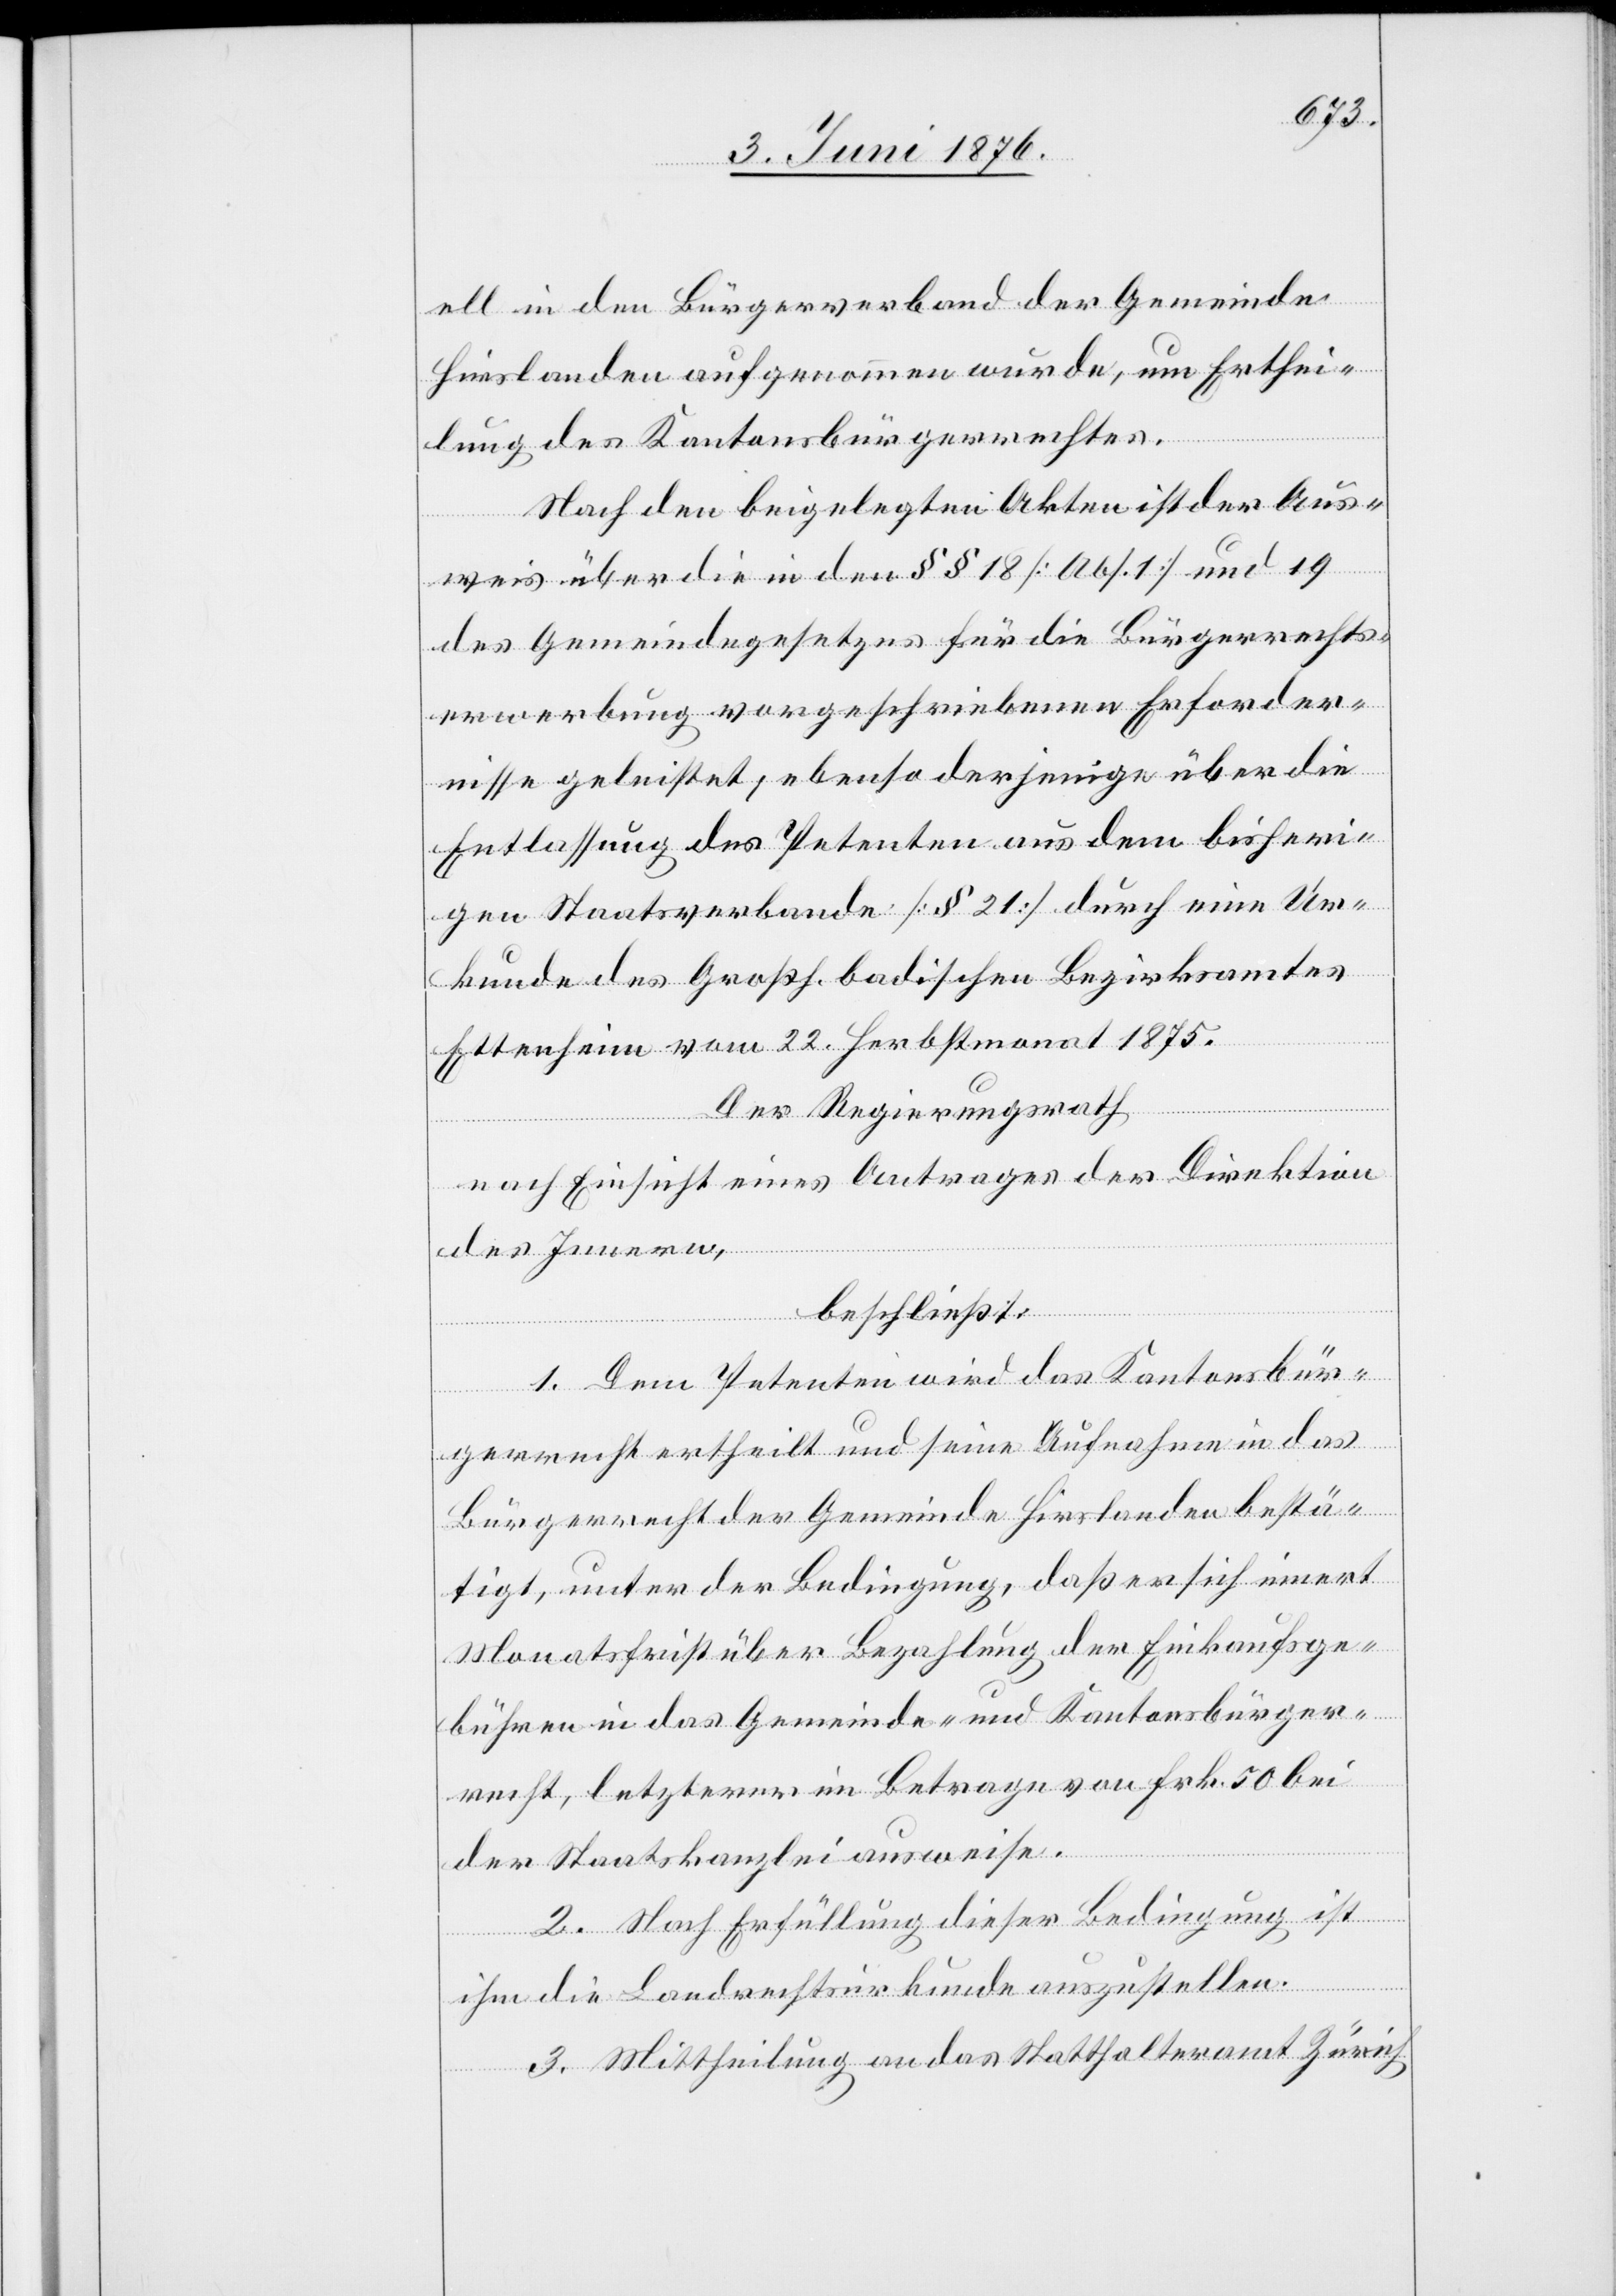
ell in den Bürgerverband der Gemeinde
Hirslanden aufgenommen wurde, um Erthei¬
lung des Kantonsbürgerrechtes.
Nach den beigelegten Akten ist der Aus¬
weis über die in den §§ 18 [Abs. 1] und 19
des Gemeindegesetzes für die Bürgerrechts¬
erwerbung vorgeschriebenen Erforder¬
nisse geleistet; ebenso derjenige über de
Entlassung des Petenten aus dem bisheri¬
gen Staatsverbande [§ 21] durch eine Ur¬
kunde des Großh. badischen Bezirksamtes
Ettenheim vom 22. Herbstmonat 1875.
Der Regierungsrath,
nach Einsicht eines Antrages der Direktion
des Innern,
beschließt:
1. Dem Petenten wird das Kantonsbür¬
gerrecht ertheilt und seine Aufnahme in das
Bürgerrecht der Gemeinde Hirslanden bestä¬
tigt, unter der Bedingung, daß er sich innert
Monatsfrist über Bezahlung der Einkaufge¬
bühren in das Gemeinde- und Kantonsbürger¬
recht, letzterer im Betrage von Frk. 50 bei
der Staatskanzlei ausweise.
2. Nach Erfüllung dieser Bedingung ist
ihm die Landrechtsurkunde auszustellen.
3. Mittheilung an das Statthalteramt Zürich,